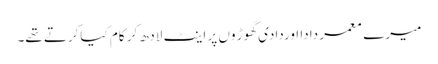
میرے معمر دادا اوردادی گھوڑ وں پر اینٹ لادھ کر کام کیاکرتے تھے۔